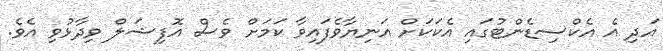
އަދި އެ އެކްސިޑެންޓުގައި އެކަކަށް އަނިޔާވެފައިވާ ކަމަށް ވެސް އޮފިޝަލް ވިދާޅުވި އެވެ.